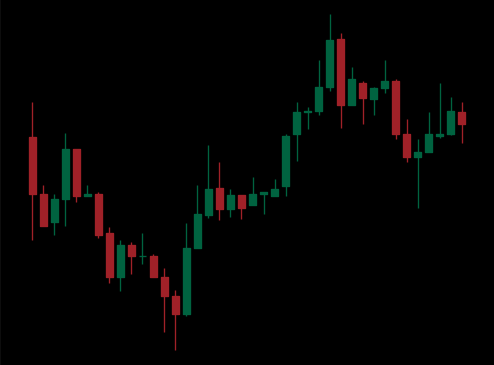
Pattern: unclassified